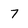
Character: 7